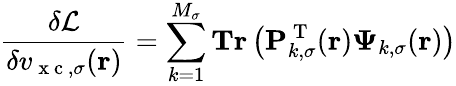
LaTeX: \frac{\delta\mathcal{L}}{\delta v_{\mathrm{~x~c~},\sigma}(\boldsymbol{\textbf{r}})}=\sum_{k=1}^{M_{\sigma}}\textbf{Tr}\left(\mathbf{P}_{k,\sigma}^{\mathrm{~T~}}(\boldsymbol{\textbf{r}})\boldsymbol{\Psi}_{k,\sigma}(\boldsymbol{\textbf{r}})\right)